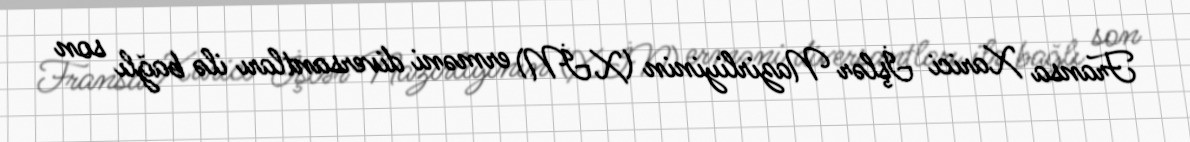
Fransa Xarici İşlər Nazirliyinin (XİN) erməni diversantları ilə bağlı son